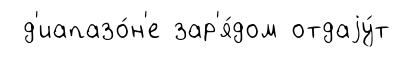
д'иапазо́н'е зар'я́дом отдаjу́т